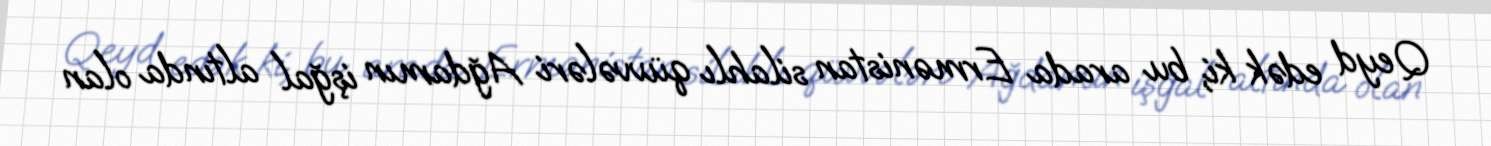
Qeyd edək ki, bu arada Ermənistan silahlı qüvvələri Ağdamın işğal altında olan